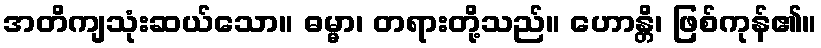
အတိကျသုံးဆယ်သော။ ဓမ္မာ၊ တရားတို့သည်။ ဟောန္တိ၊ ဖြစ်ကုန်၏။